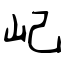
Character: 屺